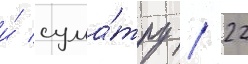
и́ сума́тру / 22